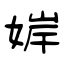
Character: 婩